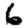
Digit: 6